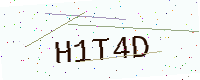
Text: H1T4D